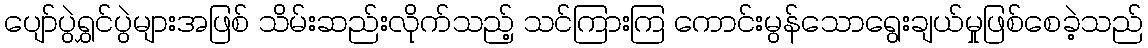
ပျော်ပွဲရွှင်ပွဲများအဖြစ် သိမ်းဆည်းလိုက်သည့် သင်ကြားကြ ကောင်းမွန်သောရွေးချယ်မှုဖြစ်စေခဲ့သည်